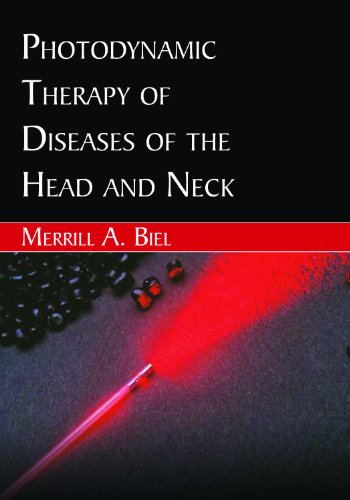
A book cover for Photodynamic Therapy of Diseases of the Head and Neck; Merrill A. Biel; Medical Books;